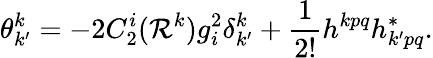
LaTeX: \theta_{k^{\prime}}^{k}=-2C_{2}^{i}(\mathcal{R}^{k})g_{i}^{2}\delta_{k^{\prime}}^{k}+\frac{{1}}{{2!}}h^{kpq}h_{k^{\prime}pq}^{\ast}.